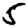
Digit: 5